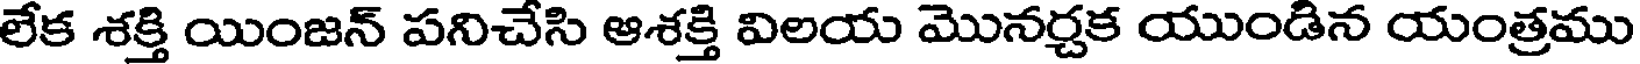
లేక శక్తి యింజన్ పనిచేసి ఆశక్తి విలయ మొనర్చక యుండిన యంత్రము